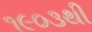
૧૯૦૩થી